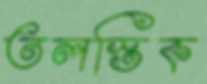
তলস্তিক